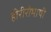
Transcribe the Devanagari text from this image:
हीरीरोभाषी